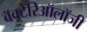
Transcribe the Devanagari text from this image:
बॅक्टेरिऑलॉजी